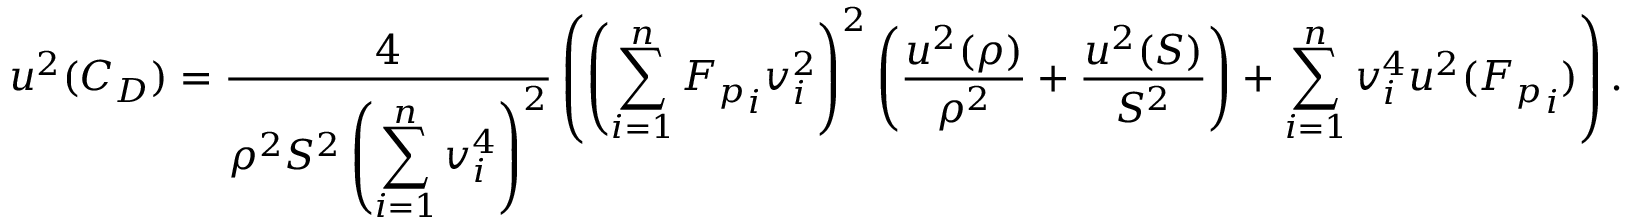
u ^ { 2 } ( C _ { D } ) = \frac { 4 } { \rho ^ { 2 } S ^ { 2 } \left( \displaystyle \sum _ { i = 1 } ^ { n } v _ { i } ^ { 4 } \right) ^ { 2 } } \left( \left( \displaystyle \sum _ { i = 1 } ^ { n } { F _ { p } } _ { i } v _ { i } ^ { 2 } \right) ^ { 2 } \left( \frac { u ^ { 2 } ( \rho ) } { \rho ^ { 2 } } + \frac { u ^ { 2 } ( S ) } { S ^ { 2 } } \right) + \displaystyle \sum _ { i = 1 } ^ { n } v _ { i } ^ { 4 } u ^ { 2 } ( { F _ { p } } _ { i } ) \right) .